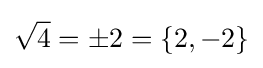
{\sqrt {4}}=\pm 2=\{2,-2\}